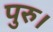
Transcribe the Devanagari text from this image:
पुरु।